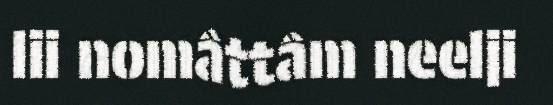
lii nomâttâm neelji